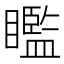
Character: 𥌈